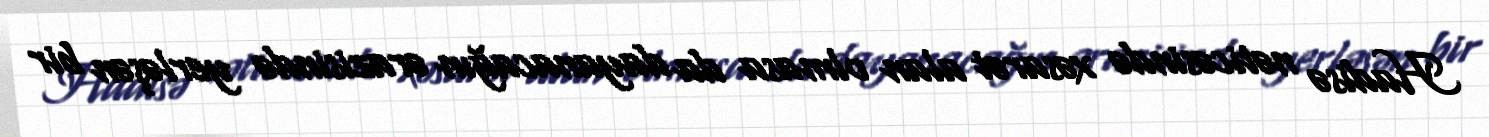
Hadisə nəticəsində xəsarət alan olmasa da dayanacağın ərazisində yerləşən bir